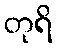
တုရိ